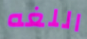
اللغه